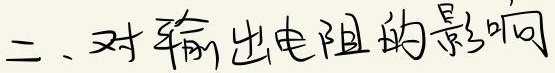
二、对输出电阻的影响